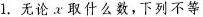
1.无论x取什么数，下列不等